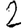
Digit: 2